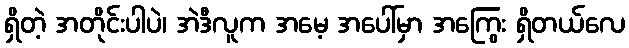
ရှိတဲ့ အတိုင်းပါပဲ၊ အဲဒီလူက အမေ့ အပေါ်မှာ အကြွေး ရှိတယ်လေ